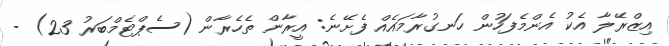
އިޒްރޭލާ އެކު އެންމެފަހުން ހަނގުރާމައެއް ފެށޭނެ: އީރާން ތެހެރާން (ސެޕްޓެމްބަރު 23) -